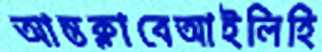
আন্তক্লাবেআইলিহি